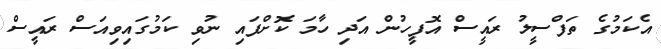
އެކަމުގެ ތަފްސީލު ރައީސް އޮފީހުން އަދި ހާމަ ކޮށްފައި ނުވި ކަމުގައިވިއަސް ރައީސް